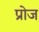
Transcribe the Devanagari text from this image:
प्रोज